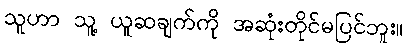
သူဟာ သူ့ ယူဆချက်ကို အဆုံးတိုင်မပြင်ဘူး။